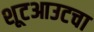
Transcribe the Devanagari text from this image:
शूटआउटचा